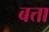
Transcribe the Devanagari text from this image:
बत्ता